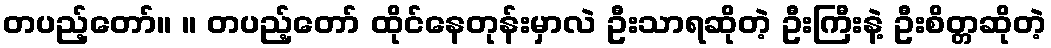
တပည့်တော်။ ။ တပည့်တော် ထိုင်နေတုန်းမှာလဲ ဦးသာရဆိုတဲ့ ဦးကြီးနဲ့ ဦးစိတ္တဆိုတဲ့